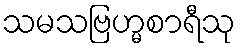
သမသဗြဟ္မစာရီသု